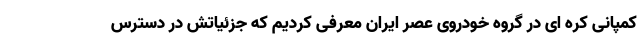
کمپانی کره ای در گروه خودروی عصر ایران معرفی کردیم که جزئیاتش در دسترس